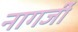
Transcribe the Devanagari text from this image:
नागर्जी